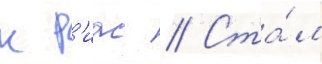
к р'иас // Ста́л